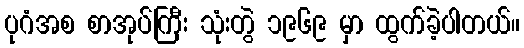
ပုဂံအစ စာအုပ်ကြီး သုံးတွဲ ၁၉၆၉ မှာ ထွက်ခဲ့ပါတယ်။